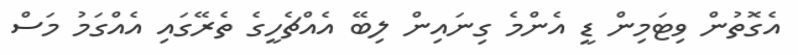
އެގޮތުން ވިޓަމިން ޑީ އެންމެ ގިނައިން ލިބޭ އެއްޗެހީގެ ތެރޭގައި އެއްގަމު މަސް